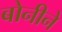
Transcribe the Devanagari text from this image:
बोनीने